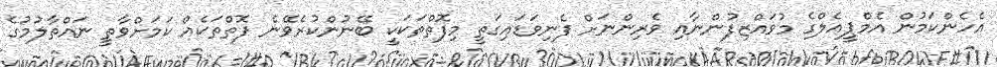
އެހެންކަމުން އެމްޕީއެލްގެ މުވައްޒިފުންނާއި ވެރިންނަށް ފެނިވަޑައިގަތީ މިފޮތްތަކަކީ ބޭނުންކުރެވޭނެ ފޮތްތަކެއް ކަމަށްވާތީ ނައްތާލުމުގެ